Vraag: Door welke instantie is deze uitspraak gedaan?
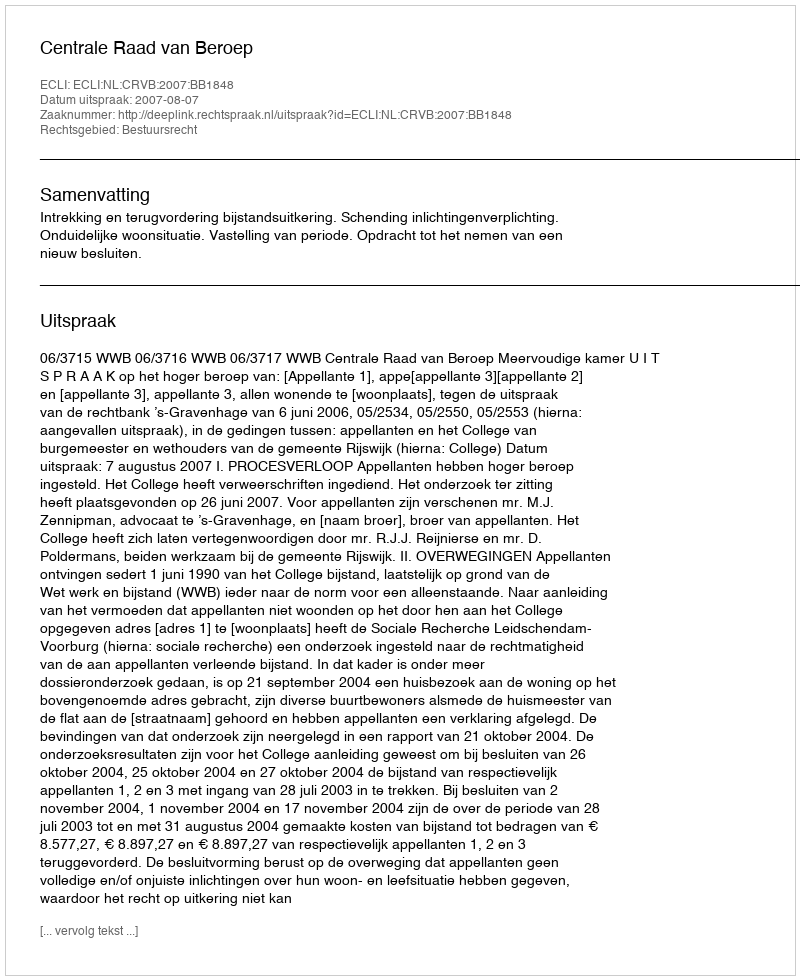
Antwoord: Centrale Raad van Beroep